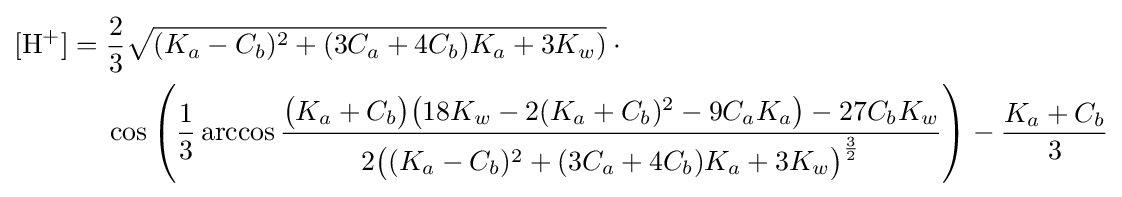
{\begin{alignedat}{2}\mathrm {[H^{+}]} ={}&{\frac {2}{3}}{\sqrt {(K_{a}-C_{b})^{2}+(3C_{a}+4C_{b})K_{a}+3K_{w})}}\cdot {}\\&\cos \left({\frac {1}{3}}\arccos {\frac {{\bigl (}K_{a}+C_{b}{\bigr )}{\bigl (}18K_{w}-2(K_{a}+C_{b})^{2}-9C_{a}K_{a}{\bigr )}-27C_{b}K_{w}}{2{\bigl (}(K_{a}-C_{b})^{2}+(3C_{a}+4C_{b})K_{a}+3K_{w}{\bigr )}^{\frac {3}{2}}}}\right)-{\frac {K_{a}+C_{b}}{3}}\end{alignedat}}